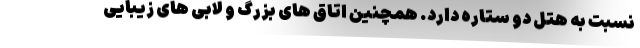
نسبت به هتل دو ستاره دارد. همچنین اتاق ‌های بزرگ و لابی ‌های زیبایی